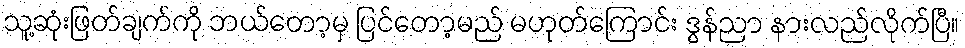
သူ့ဆုံးဖြတ်ချက်ကို ဘယ်တော့မှ ပြင်တော့မည် မဟုတ်ကြောင်း ဒွန်ညာ နားလည်လိုက်ပြီ။